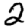
Digit: 2